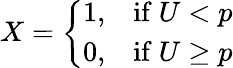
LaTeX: \displaystyle X={\left\{ \begin{array}{ll}{1,}&{{\mathrm{if~}}U<p}\\ {0,}&{{\mathrm{if~}}U\geq p}\end{array}\right.}